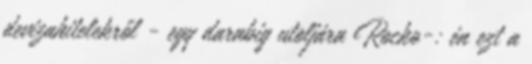
devizahitelekről - egy darabig utoljára Rocko-: én ezt a